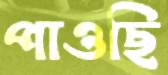
পাওছি